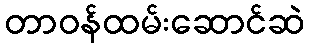
တာဝန်ထမ်းဆောင်ဆဲ